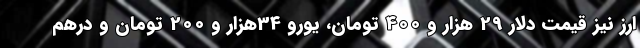
ارز نیز قیمت دلار 29 هزار و 400 تومان، یورو 34هزار و 200 تومان و درهم